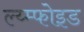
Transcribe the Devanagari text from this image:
ल्य्म्फोइड